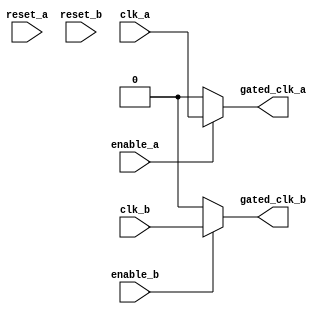
module clock_gating (
    input wire clk_a,          // Clock domain A
    input wire clk_b,          // Clock domain B
    input wire enable_a,       // Control signal for memory block A
    input wire enable_b,       // Control signal for memory block B
    input wire reset_a,        // Asynchronous reset for memory block A
    input wire reset_b,        // Asynchronous reset for memory block B
    output wire gated_clk_a,   // Gated clock output for memory block A
    output wire gated_clk_b    // Gated clock output for memory block B
);

    // Clock gating logic for memory block A
    assign gated_clk_a = enable_a ? clk_a : 1'b0;

    // Clock gating logic for memory block B
    assign gated_clk_b = enable_b ? clk_b : 1'b0;

endmodule